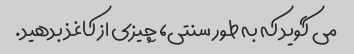
می گوید که به طور سنتی، چیزی از کاغذ بدهید.